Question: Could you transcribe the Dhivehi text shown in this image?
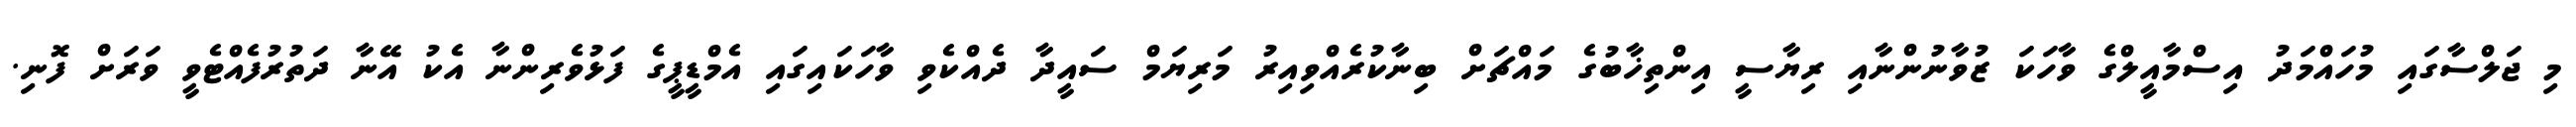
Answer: މި ޖަލްސާގައި މުހައްމަދު އިސްމާއީލްގެ ވާހަކަ ޒުވާނުންނާއި ރިޔާސީ އިންތިޚާބުގެ މައްޗަށް ބިނާކުރެއްވިއިރު މަރިޔަމް ސައީދާ ދެއްކެވި ވާހަކައިގައި އެމްޑީޕީގެ ފަޅުވެރިންނާ އެކު އޭނާ ދަތުރުފެއްޓެވީ ވަރަށް ފޮނި.